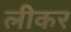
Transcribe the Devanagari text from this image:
लीकर